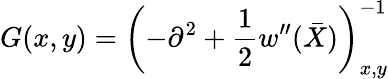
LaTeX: G(x,y)=\left(-\partial^{2}+\frac 12w^{\prime\prime}(\bar{X})\right)_{x,y}^{-1}